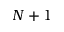
N + 1